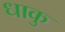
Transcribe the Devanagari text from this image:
धाकु